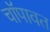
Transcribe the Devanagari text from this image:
चॉपावत